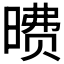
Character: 𪰶